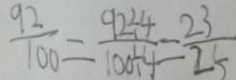
\frac { 9 2 } { 1 0 0 } = \frac { 9 2 \div 4 } { 1 0 0 \div 4 } = \frac { 2 3 } { 2 5 }